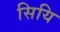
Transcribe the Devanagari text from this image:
सियि